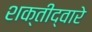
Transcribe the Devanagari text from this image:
शक्तीद्वारे